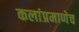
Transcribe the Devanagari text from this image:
कलांप्रमाणेच